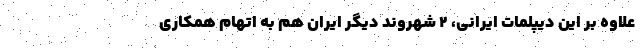
علاوه بر این دیپلمات ایرانی، 2 شهروند دیگر ایران هم به اتهام همکاری